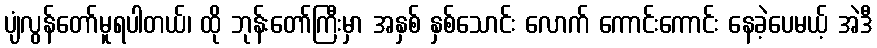
ပျံလွန်တော်မူရပါတယ်၊ ထို ဘုန်းတော်ကြီးမှာ အနှစ် နှစ်သောင်း လောက် ကောင်းကောင်း နေခဲ့ပေမယ့် အဲဒီ